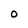
Character: 0